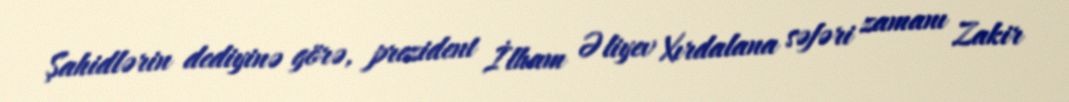
Şahidlərin dediyinə görə, prezident İlham Əliyev Xırdalana səfəri zamanı Zakir